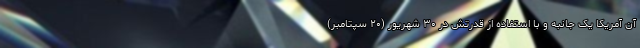
آن آمریکا یک جانبه و با استفاده از قدرتش در ۳۰ شهریور (۲۰ سپتامبر)